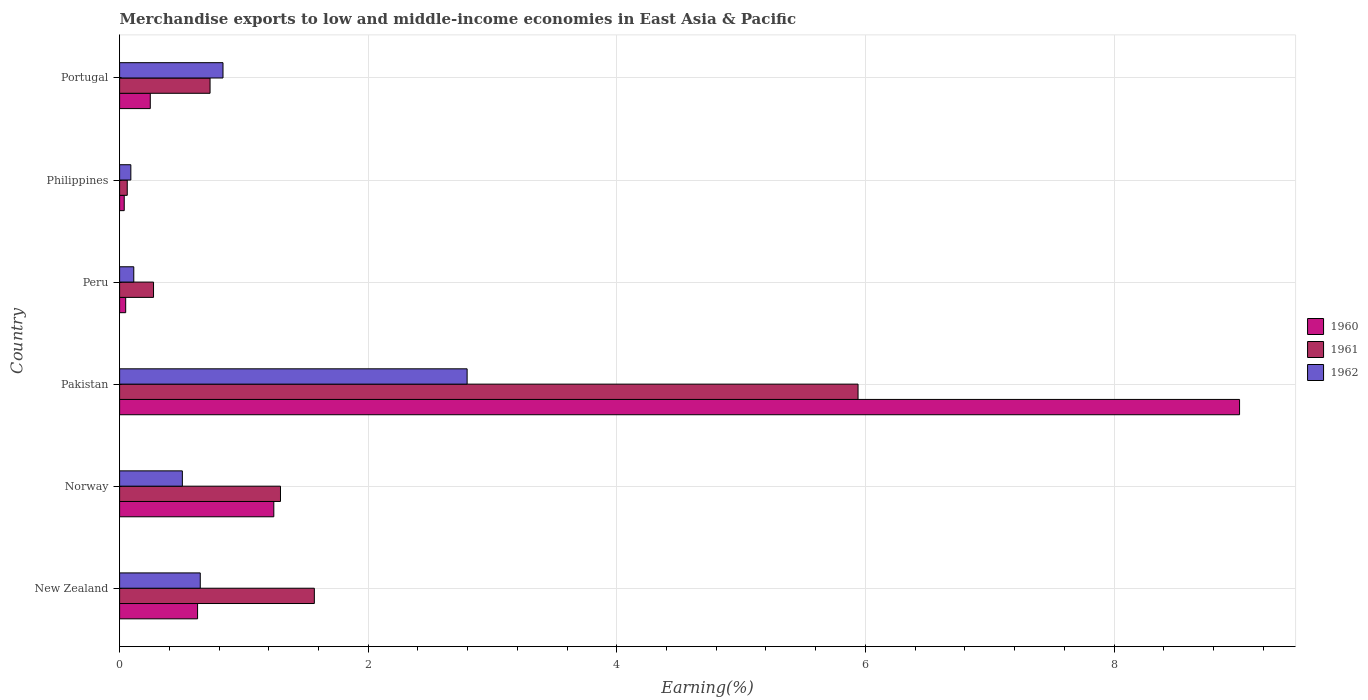
| Country | 1960 | 1961 | 1962 |
 | --- | --- | --- | --- |
 | New Zealand | 0.627 | 1.57 | 0.649 |
 | Norway | 1.24 | 1.29 | 0.505 |
 | Pakistan | 9.01 | 5.94 | 2.8 |
 | Peru | 0.0489 | 0.273 | 0.114 |
 | Philippines | 0.0372 | 0.0615 | 0.0904 |
 | Portugal | 0.247 | 0.728 | 0.832 |